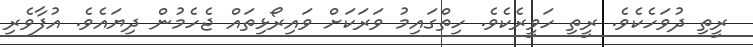
ރީތި ދުވަހެކެވެ. ރީތި ހަވީރެކެވެ. ހިތްގައިމު ވަރަކަށް ވައިރޯޅިތައް ޖެހެމުން ދިޔައެވެ. އުފާވެރި